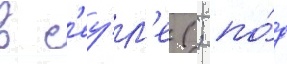
в с'еу́л'е (; по́д